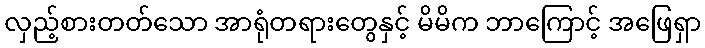
လှည့်စားတတ်သော အာရုံတရားတွေနှင့် မိမိက ဘာကြောင့် အဖြေရှာ